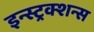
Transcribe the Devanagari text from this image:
इन्स्ट्रक्शन्स